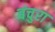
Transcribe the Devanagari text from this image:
वंचुरा